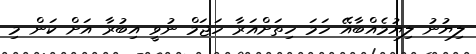
ލިޔުނު ލިޔުމެއްބާއޭ ހަމަ ހިތަށްއަރާ ހަޖަމް ނުވީ އިބުރާ އަށް ކަން މި